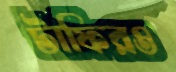
টাফিরও